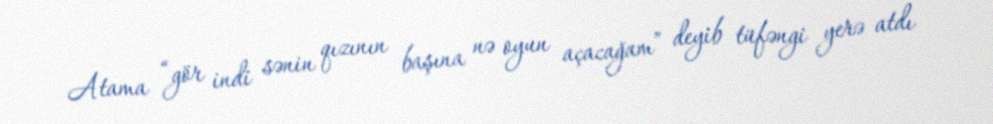
Atama “gör indi sənin qızının başına nə oyun açacağam” deyib tüfəngi yerə atdı